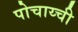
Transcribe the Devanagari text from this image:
पोचाय्ची